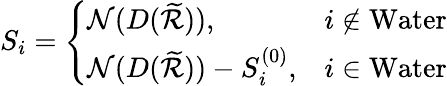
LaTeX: S_{i}=\left\{ \begin{array}{ll}{\mathcal{N}(D(\widetilde{\mathcal{R}})),}&{i\notin\mathrm{Water}}\\ {\mathcal{N}(D(\widetilde{\mathcal{R}}))-S_{i}^{(0)},}&{i\in\mathrm{Water}}\end{array}\right.